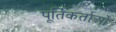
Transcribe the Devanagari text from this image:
पूर्तिकर्ताओं